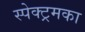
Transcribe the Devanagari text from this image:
स्पेक्ट्रमका